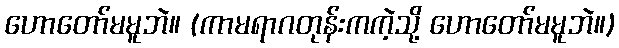
ဟောတော်မမူဘဲ။ (ကာမရာဂတုန်းကကဲ့သို့ ဟောတော်မမူဘဲ။)